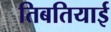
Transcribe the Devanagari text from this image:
तिबतियाई